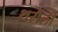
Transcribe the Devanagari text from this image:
थरौली